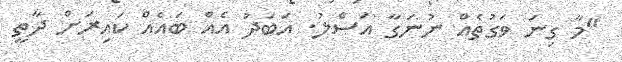
"މާ ގިނަ ވަގުތެއް ނުނަގާ އަސްލު. އަބަދު އެއް ބައެއް ކައިރަށް ދާތީ